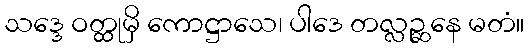
သဒ္ဒေ ဝတ္ထုမှိ ကောဋ္ဌာသေ၊ ပါဒေ တလ္လဉ္ဆနေ မတံ။